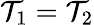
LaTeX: \mathcal{T}_{1}=\mathcal{T}_{2}